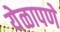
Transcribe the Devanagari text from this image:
येळापणे